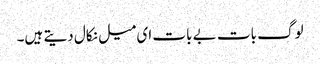
لوگ بات بے بات ای میل نکال دیتے ہیں۔